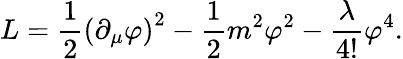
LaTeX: L=\frac{1}{2}\left(\partial_{\mu}\varphi\right)^{2}-\frac{1}{2}m^{2}\varphi^{2}-\frac{\lambda}{4!}\varphi^{4}.